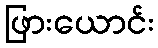
ဖြားယောင်း